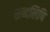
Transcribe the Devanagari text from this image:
शब्दलिपि